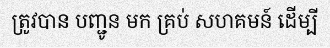
ត្រូវបាន បញ្ជូន មក គ្រប់ សហគមន៍ ដើម្បី